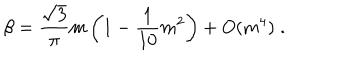
LaTeX: \beta = \frac { \sqrt { 3 } } { \pi } m \left( 1 - \frac { 1 } { 1 0 } m ^ { 2 } \right) + O ( m ^ { 4 } ) \; .